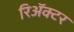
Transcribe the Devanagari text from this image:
रिॲक्टर